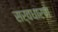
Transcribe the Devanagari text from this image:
सर्वधारण